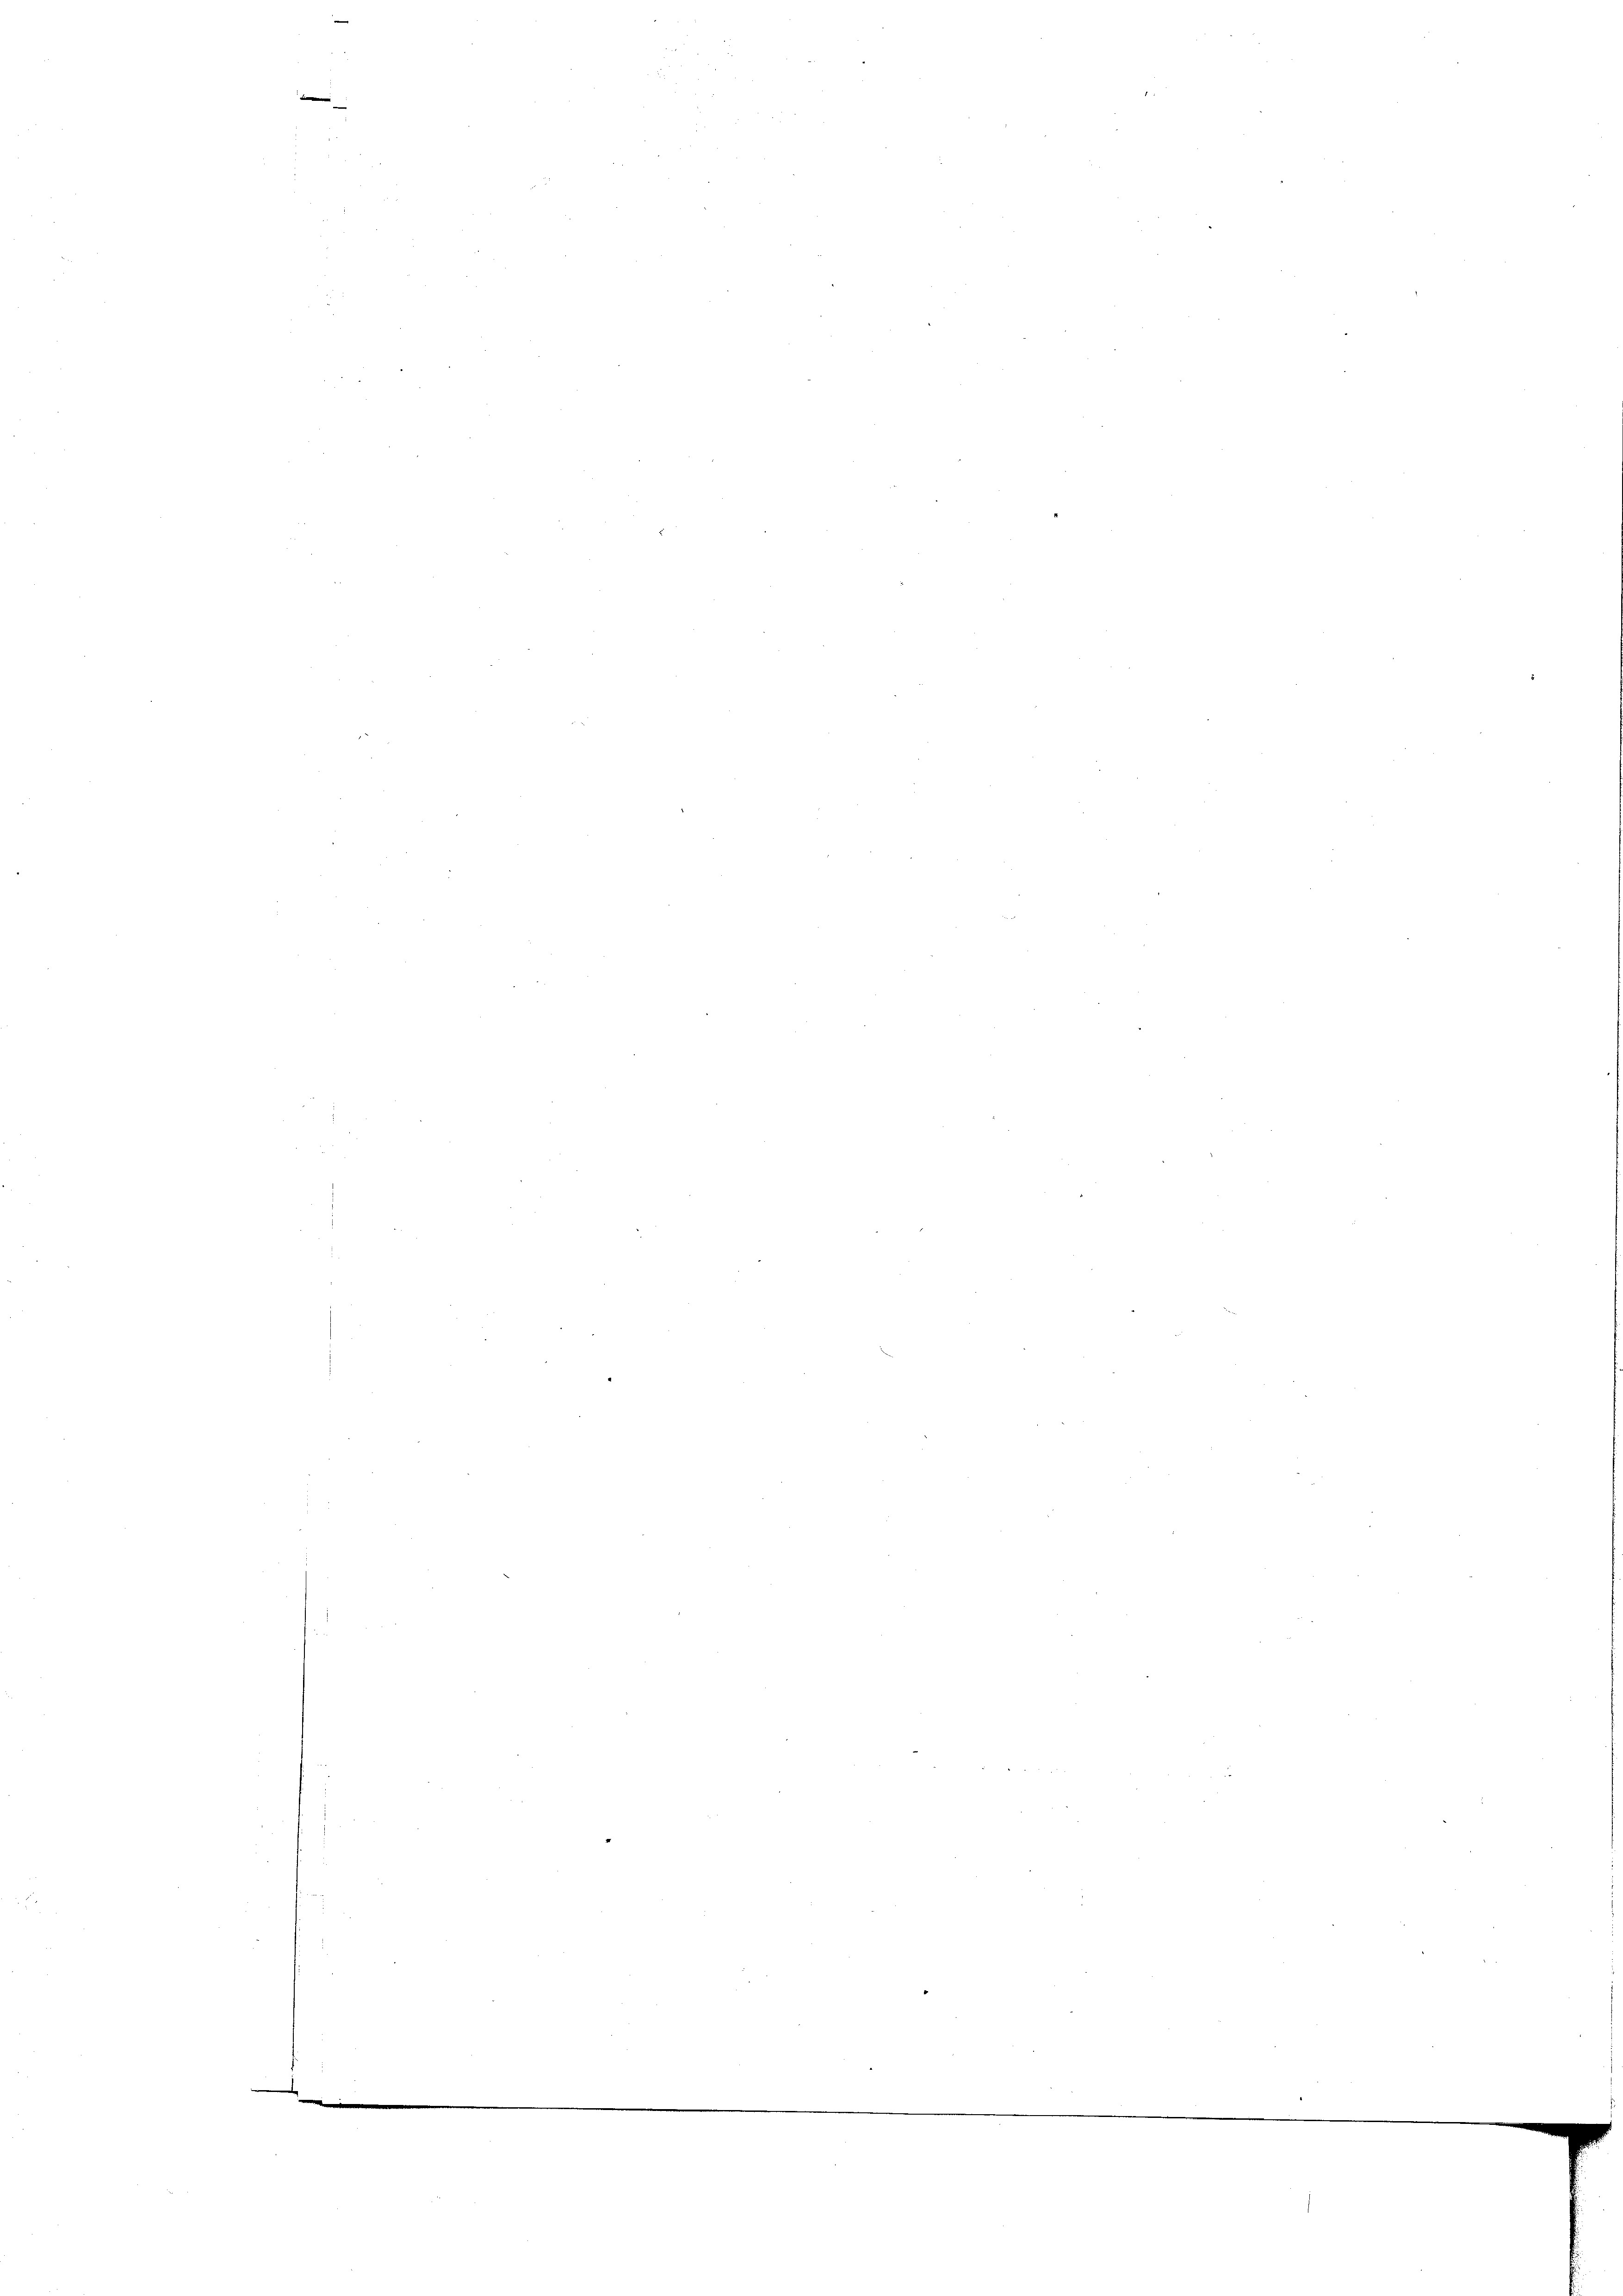
.

s